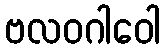
ဗလဝဂါဝေါ